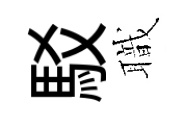
駁職